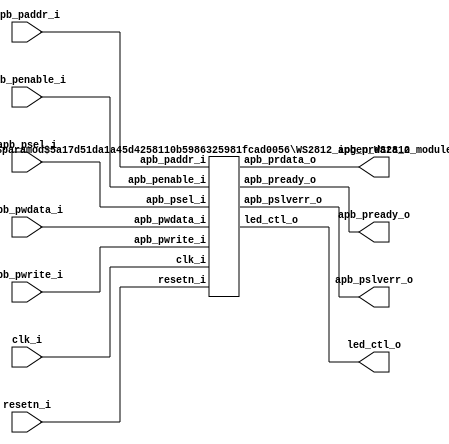

/*******************************************************************************

    Verilog netlist generated by IPGEN Lattice Propel (64-bit)

    2.0.2104292220

    Soft IP Version: 1.4

    2021 06 11 12:51:15

*******************************************************************************/
/*******************************************************************************

    Wrapper Module generated per user settings.

*******************************************************************************/
module WS2812 (clk_i, 
        resetn_i, 
        led_ctl_o, 
        apb_penable_i, 
        apb_psel_i, 
        apb_pwrite_i, 
        apb_paddr_i, 
        apb_pwdata_i, 
        apb_prdata_o, 
        apb_pslverr_o, 
        apb_pready_o) ;
    input clk_i ; 
    input resetn_i ; 
    output led_ctl_o ; 
    input apb_penable_i ; 
    input apb_psel_i ; 
    input apb_pwrite_i ; 
    input [5:0] apb_paddr_i ; 
    input [31:0] apb_pwdata_i ; 
    output [31:0] apb_prdata_o ; 
    output apb_pslverr_o ; 
    output apb_pready_o ; 
    WS2812_ipgen_WS2812_module #(.FAMILY("MachXO3LF"),
            .IF_USER_INTF("APB")) WS2812_module_inst (.clk_i(clk_i), 
                .resetn_i(resetn_i), 
                .led_ctl_o(led_ctl_o), 
                .apb_penable_i(apb_penable_i), 
                .apb_psel_i(apb_psel_i), 
                .apb_pwrite_i(apb_pwrite_i), 
                .apb_paddr_i(apb_paddr_i[5:0]), 
                .apb_pwdata_i(apb_pwdata_i[31:0]), 
                .apb_prdata_o(apb_prdata_o[31:0]), 
                .apb_pslverr_o(apb_pslverr_o), 
                .apb_pready_o(apb_pready_o)) ; 
endmodule



module WS2812_ipgen_WS2812_module #(parameter FAMILY = "LIFCL", 
        parameter IF_USER_INTF = "APB") (
    // Interface type "LMMI" "AHBL" or "APB"

    input wire clk_i, 
    input wire resetn_i, 
    output wire led_ctl_o, 
    input wire apb_penable_i,  // apb Enable

    input wire apb_psel_i,  // apb Slave select

    input wire apb_pwrite_i,  // apb write 1, read 0

    input wire [5:0] apb_paddr_i, 
    input wire [31:0] apb_pwdata_i, 
    output reg [31:0] apb_prdata_o, 
    output reg apb_pslverr_o,  // apb slave error

    output reg apb_pready_o) ;
    reg [5:0] apb_paddr_r ; 
    reg [31:0] apb_pwdata_r ; 
    // State machine to control APB bus

    reg [2:0] SM_APB ; 
    localparam sm_idle = 3'b000 ; 
    localparam sm_access = 3'b001 ; 
    localparam sm_ready = 3'b010 ; 
    always
        @(posedge clk_i or 
            negedge resetn_i)
        begin
            if ((~resetn_i)) 
                begin
                    SM_APB <=  sm_idle ;
                    apb_prdata_o <=  32'b0 ;
                    apb_pready_o <=  1'b0 ;
                    apb_pslverr_o <=  1'b0 ;
                end
            else
                begin
                    case (SM_APB)
                    sm_idle : 
                        if (apb_psel_i) 
                            begin
                                SM_APB <=  sm_access ;
                                apb_pready_o <=  1'b1 ;
                            end
                    sm_access : 
                        begin
                            apb_pready_o <=  1'b0 ;
                            SM_APB <=  sm_idle ;
                            if (apb_penable_i) 
                                begin
                                    if (apb_pwrite_i) 
                                        begin
                                            apb_paddr_r <=  apb_paddr_i ;
                                            apb_pwdata_r <=  apb_pwdata_i ;
                                        end
                                    else
                                        begin
                                            // address 0 return write address, address 4 return write data

                                            if ((apb_paddr_i == 6'h0)) 
                                                apb_prdata_o <=  32'hADD00000 ;
                                            else
                                                apb_prdata_o <=  32'hADD00004 ;
                                        end
                                end
                        end
                    sm_ready : 
                        begin
                            SM_APB <=  sm_idle ;
                            apb_pready_o <=  1'b0 ;
                        end
                    endcase 
                end
        end
    assign led_ctl_o = apb_psel_i ; 
endmodule